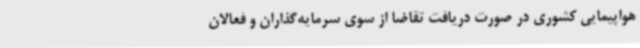
هواپیمایی کشوری در صورت دریافت تقاضا از سوی سرمایه‌گذاران و فعالان